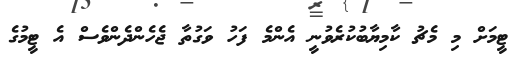
ޓީމަށް މި މެޗު ކާމިޔާބުކުރެވުނީ އެންމެ ފަހު ވަގުތާ ޖެހެންދެންވެސް އެ ޓީމުގެ